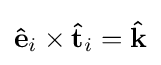
\mathbf {\hat {e}} _{i}\times \mathbf {\hat {t}} _{i}=\mathbf {\hat {k}}